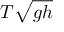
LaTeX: T { \sqrt { g h } }